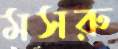
মসরু